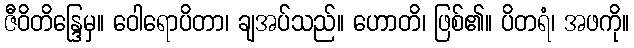
ဇီဝိတိန္ဒြေမှ။ ဝေါရောပိတာ၊ ချအပ်သည်။ ဟောတိ၊ ဖြစ်၏။ ပိတရံ၊ အဖကို။